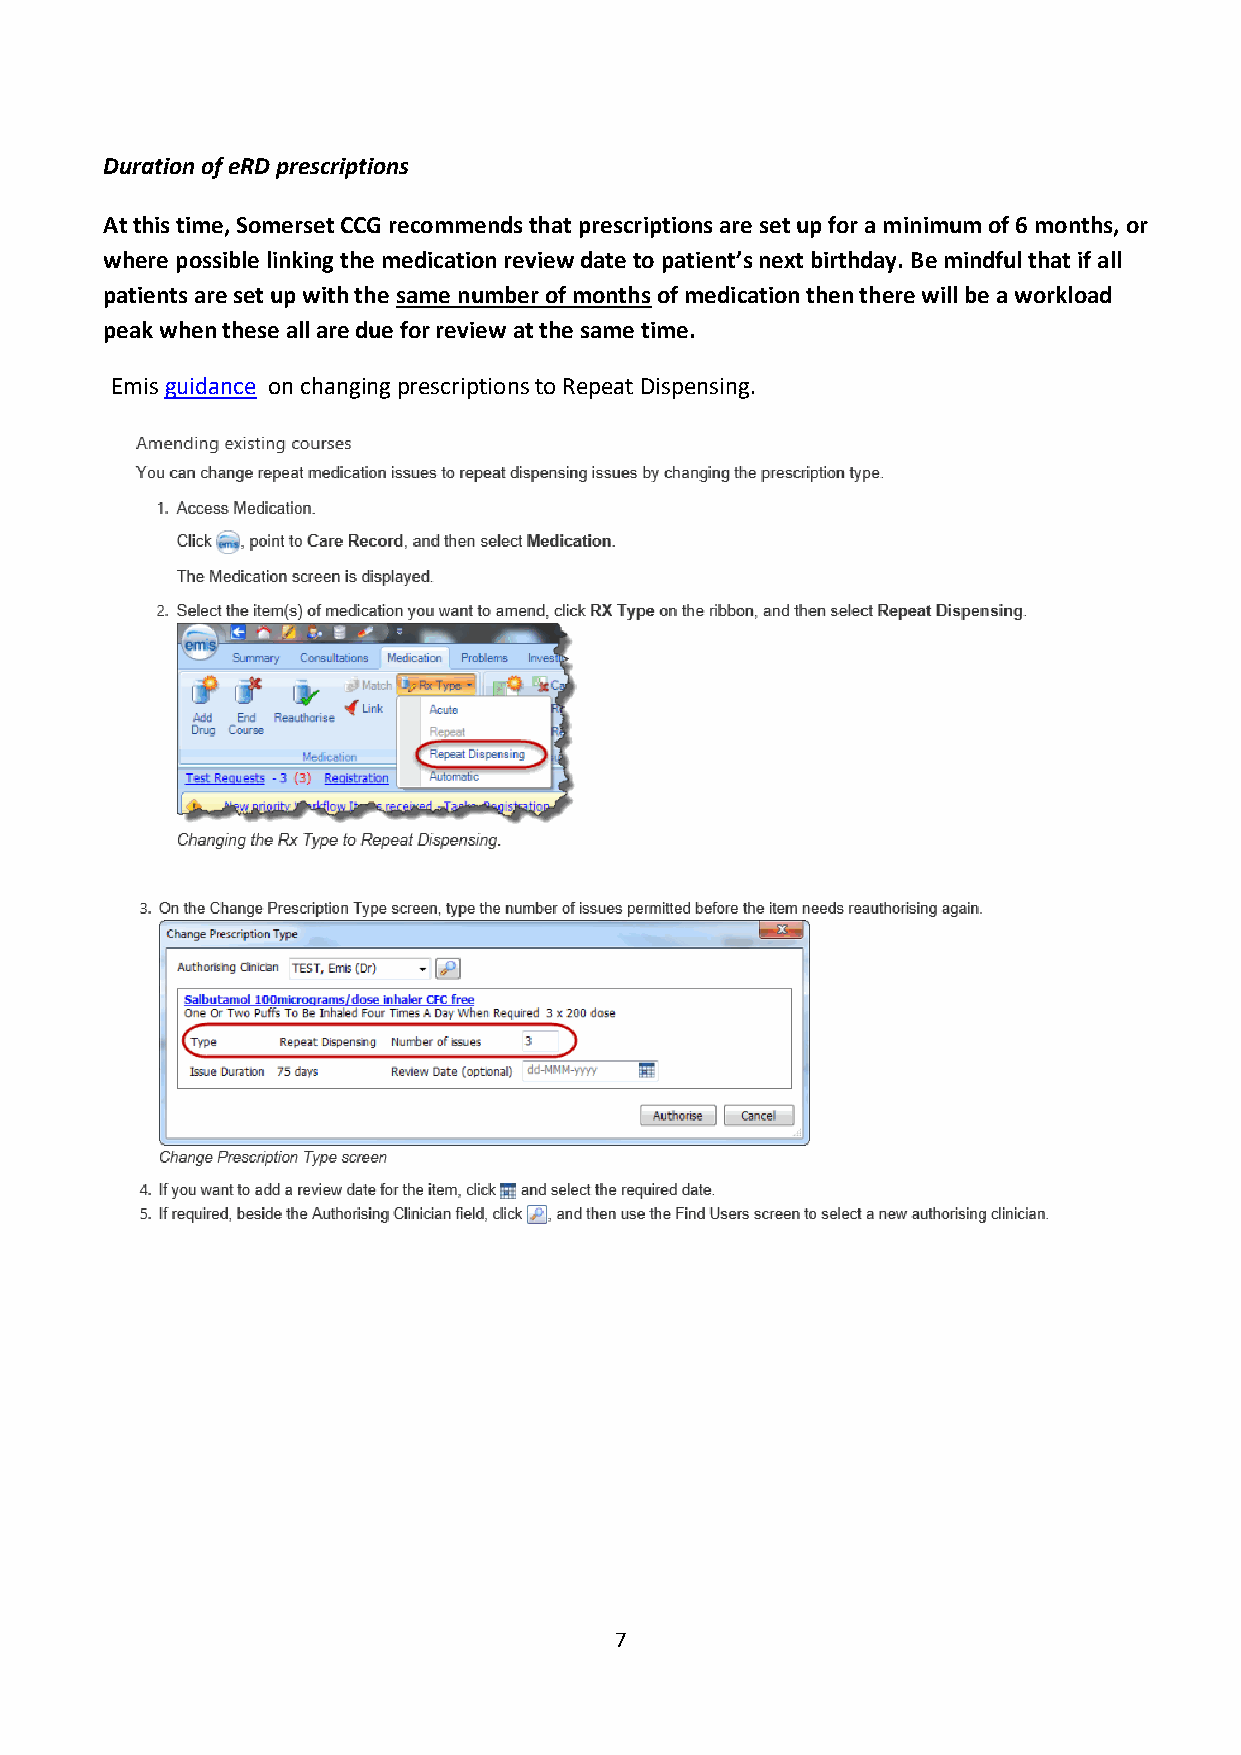
Duration of eRD prescriptions
 At this time, Somerset CCG recommends that prescriptions are set up for a minimum of 6 months, or
 where possible linking the medication review date to patient’s next birthday. Be mindful that if all
 patients are set up with the same number of months of medication then there will be a workload
 peak when these all are due for review at the same time.
 Emis guidance on changing prescriptions to Repeat Dispensing.
 7